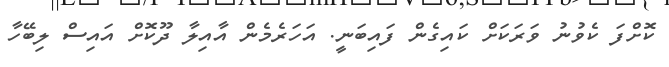
ކޮށްފަ ކެވުނު ވަރަކަށް ކައިގެން ފައިބަނީ. އަހަރެމެން އާއިލާ ދޫކޮށް އައިސް ލިބޭހާ